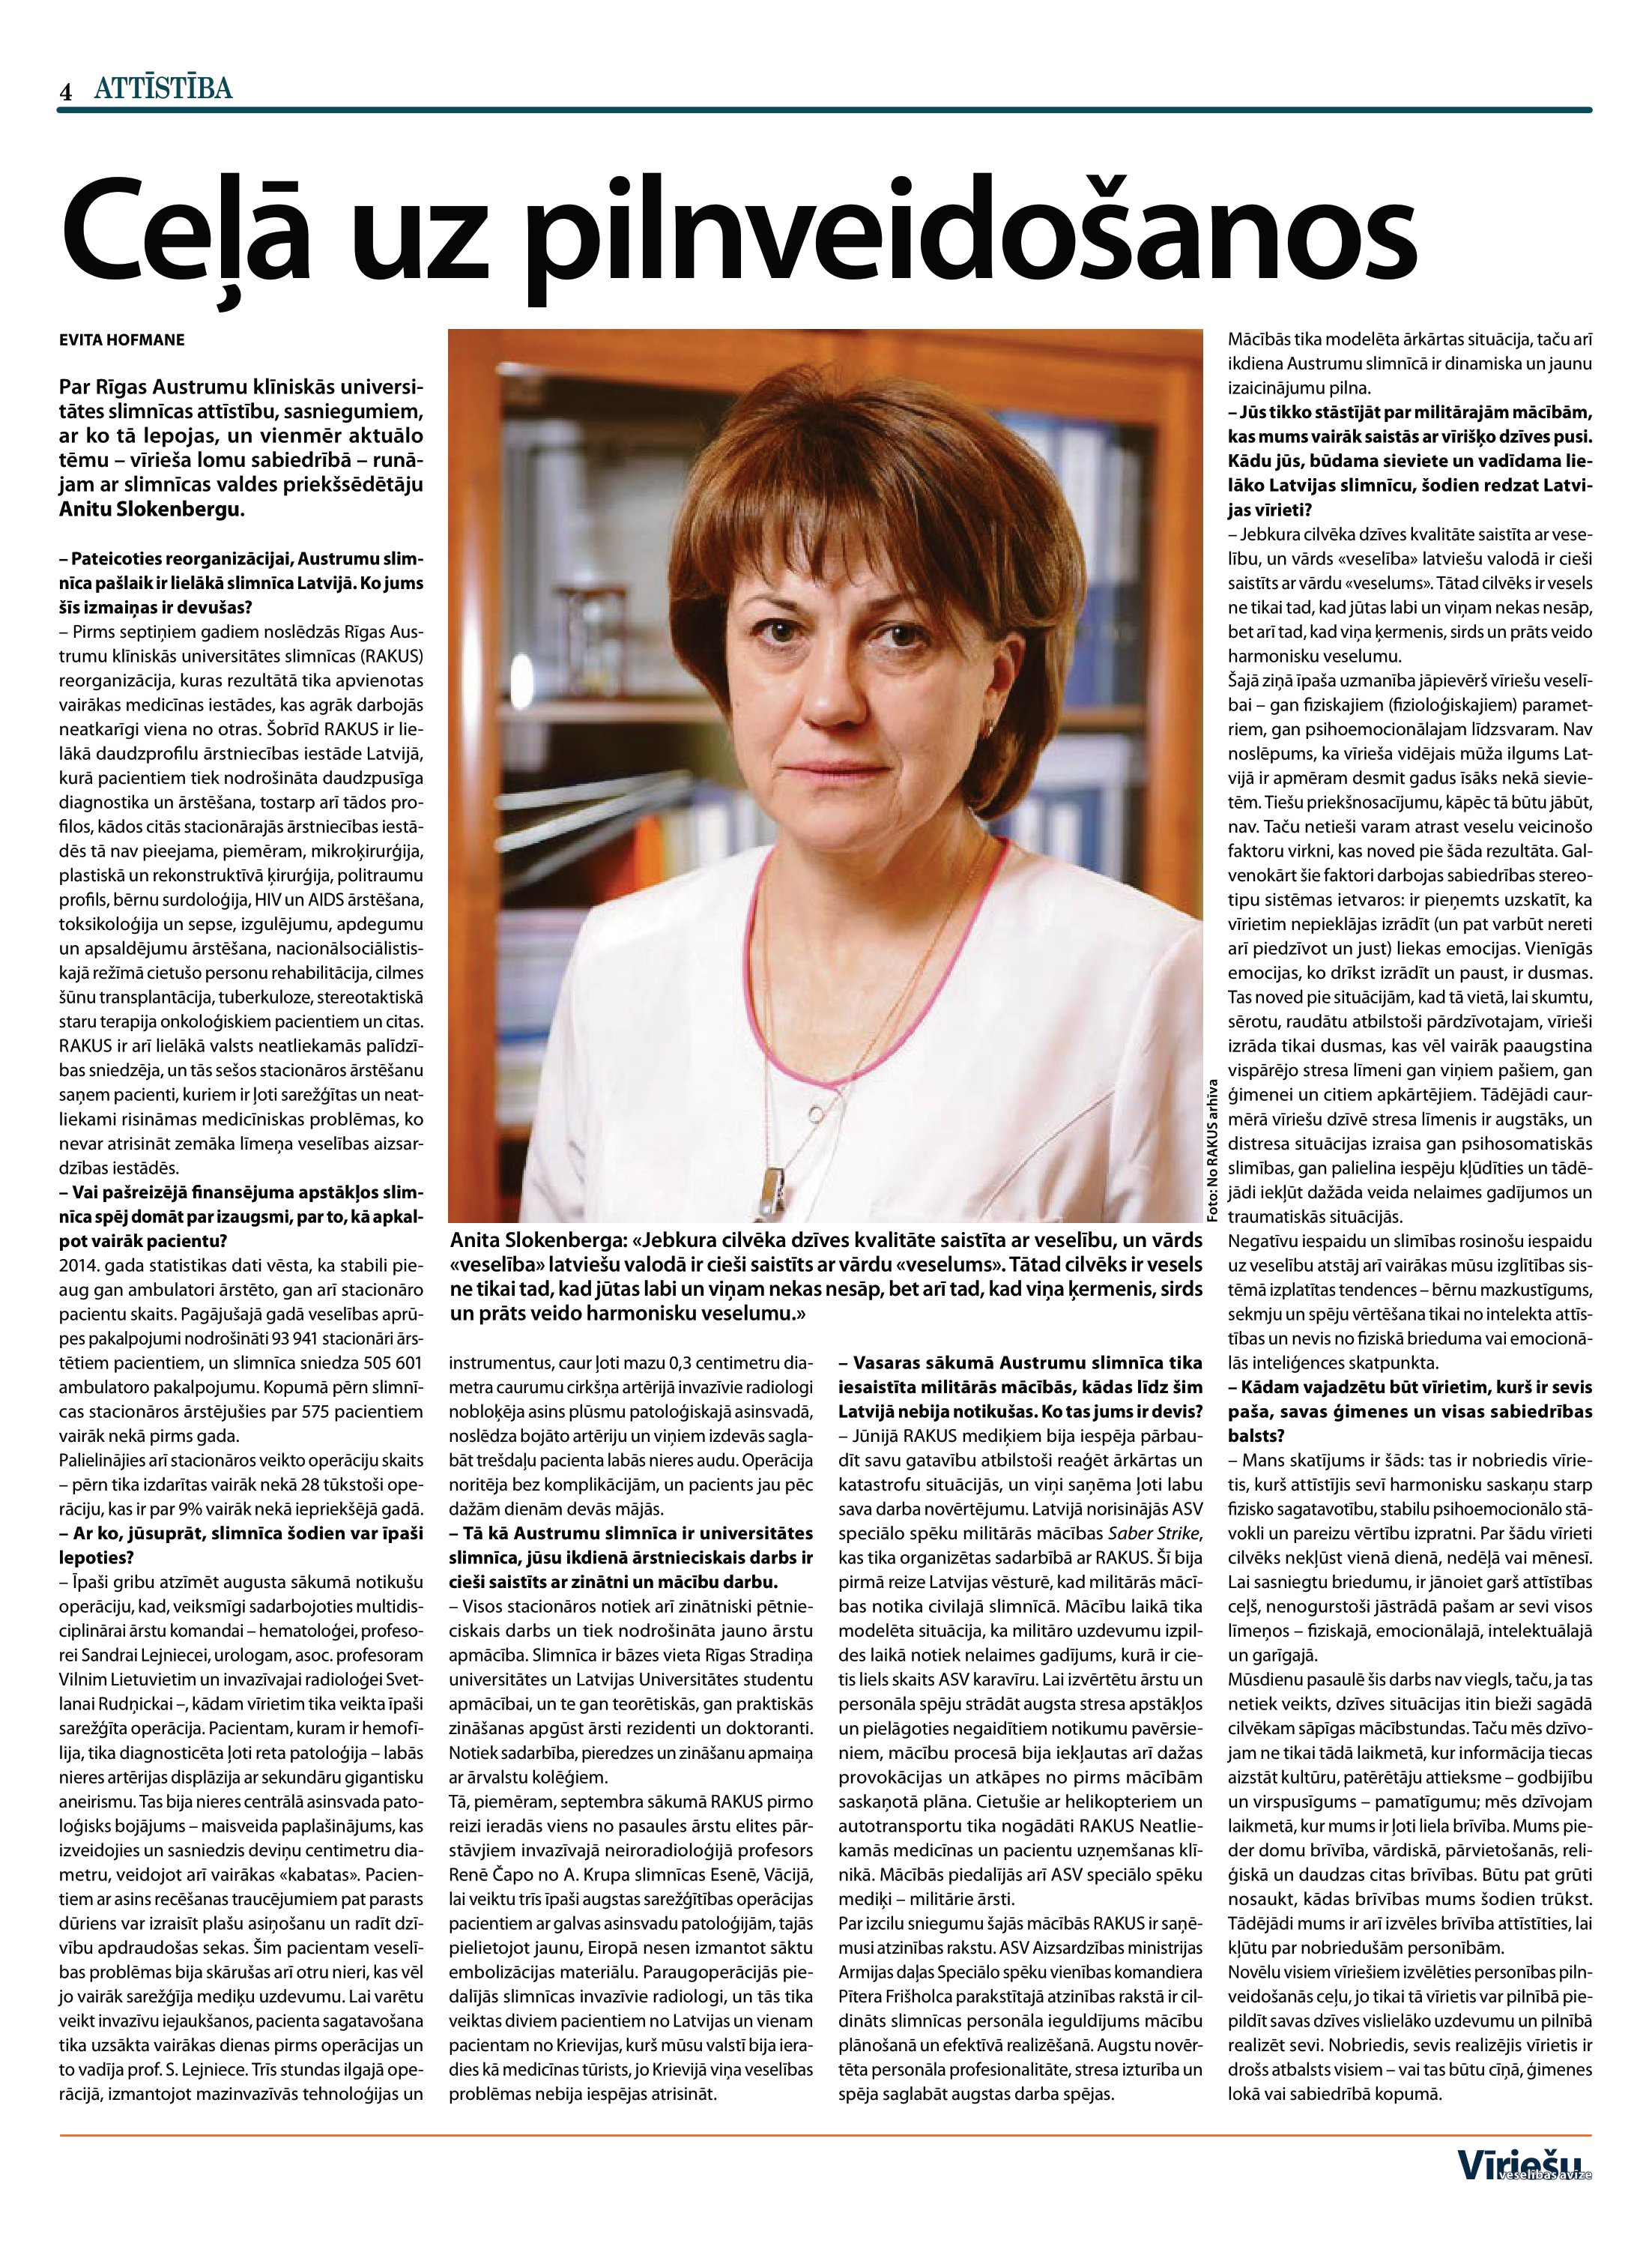
Language: lv